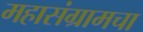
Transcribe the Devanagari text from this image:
महासंग्रामचा